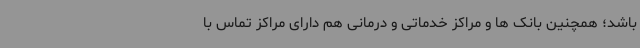
باشد؛ همچنین بانک ها و مراکز خدماتی و درمانی هم دارای مراکز تماس با